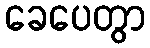
ခေပေတွာ